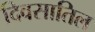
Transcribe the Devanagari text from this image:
दिवसातिल